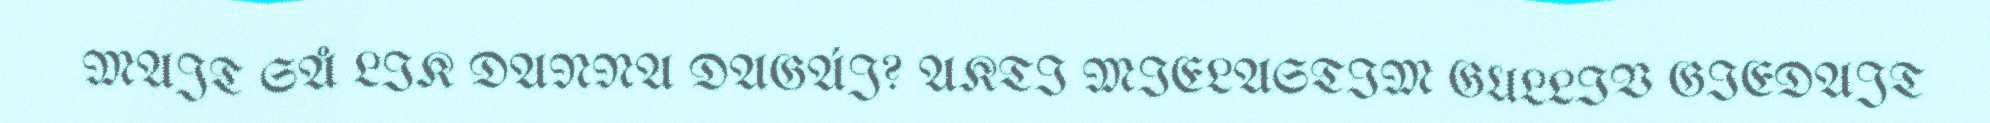
MAJT SÅ LIK DANNA DAGÁJ? AKTI MIELASTIM GULLIV GIEDAJT